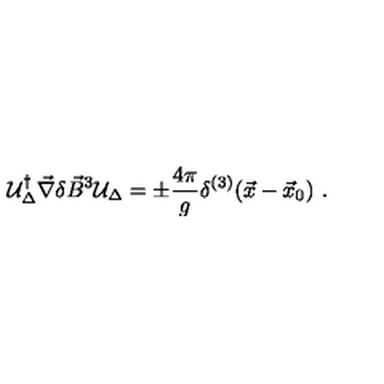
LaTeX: { \cal U } _ { \Delta } ^ { \dagger } \vec { \nabla } \delta \vec { B } ^ { 3 } { \cal U } _ { \Delta } = \pm \frac { 4 \pi } { g } \delta ^ { ( 3 ) } ( \vec { x } - \vec { x } _ { 0 } ) \ .